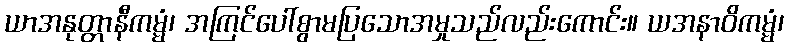
ယာအနုတ္တာနီကမ္မံ၊ အကြင်ပေါ်စွာမပြသောအမှုသည်လည်းကောင်း။ ယအနာဝိကမ္မံ၊